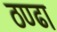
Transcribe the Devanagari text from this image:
ठण्ढा